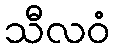
သီလဝံ